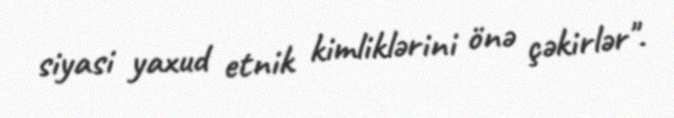
siyasi yaxud etnik kimliklərini önə çəkirlər".